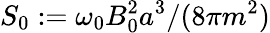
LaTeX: S_{0}:=\omega_{0}B_{0}^{2}a^{3}/(8\pi m^{2})